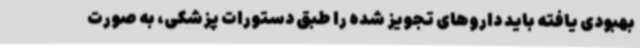
بهبودی یافته باید داروهای تجویز شده را طبق دستورات پزشکی، به صورت